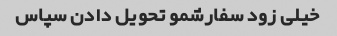
خیلی زود سفارشمو تحویل دادن سپاس